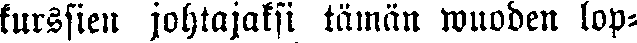
kurssien johtajaksi tämän wuoden lop-